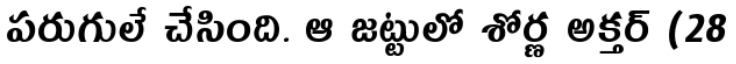
పరుగులే చేసింది. ఆ జట్టులో శోర్ణ అక్తర్ (28